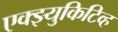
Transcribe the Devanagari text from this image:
एक्झ्युकिटिव्ह